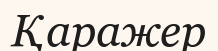
Қаражер